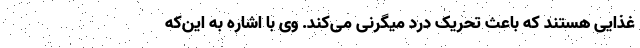
غذایی هستند که باعث تحریک درد میگرنی می‌کند. وی با اشاره به این‌که